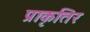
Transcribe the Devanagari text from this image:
प्राकृतिर